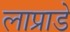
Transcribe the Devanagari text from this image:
लाप्राडे